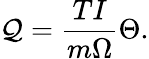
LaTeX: \mathcal{Q}=\frac{{TI}}{{m\Omega}}\Theta.